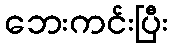
ဘေးကင်းပြီး